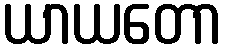
ယာယတော